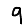
Digit: 9